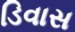
ડિવાસ